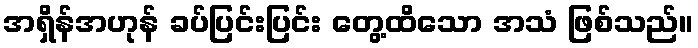
အရှိန်အဟုန် ခပ်ပြင်းပြင်း တွေ့ထိသော အသံ ဖြစ်သည်။